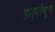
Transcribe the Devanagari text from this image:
ह्यावांचून